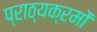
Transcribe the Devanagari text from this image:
प्राठ्यक्रमों